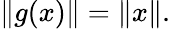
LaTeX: \| g(x)\| =\| x\| .